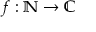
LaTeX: f : \mathbb { N } \to \mathbb { C }